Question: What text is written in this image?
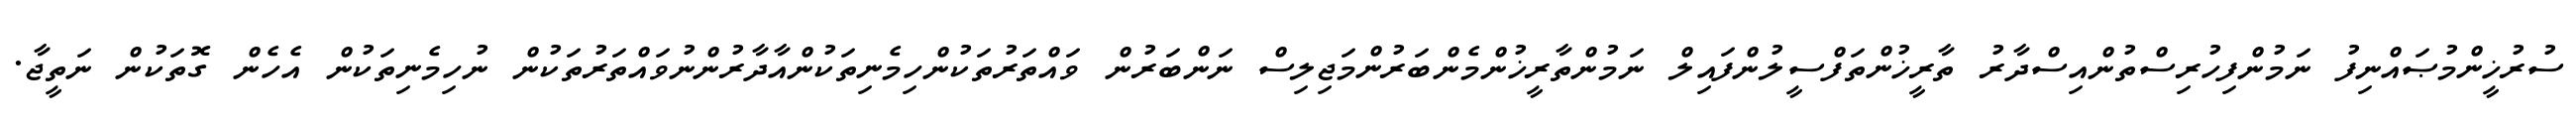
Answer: ސުރުޚީންމުޞައްނިފު ނަމުންފިހުރިސްތުންއިސްދާރު ތާރީޚުންތަފްސީލުންފައިލް ނަމުންތާރީޚުންމެންބަރުންމަޖިލިސް ނަންބަރުން ވައްތަރުތަކުންހިމެނިތަކުންއާދާރުންނުވައްތަރުތަކުން ނުހިމެނިތަކުން އެހެން ގޮތަކުން ނަތީޖާ.